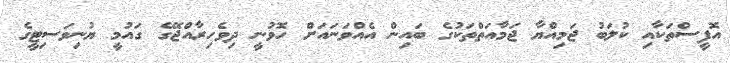
އޮފީސްތަކާއި ކުލަބު ޖަމިއްޔާ ޖަމާއަތްތަކުގެ ބައިން އެއްވަނައަށް ހޮވުނީ ދިވެހިރާއްޖޭގެ ގައުމީ ޔުނިވަސިޓީގެ